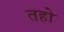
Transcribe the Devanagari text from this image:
तहो